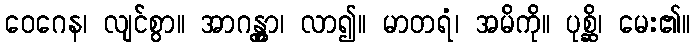
ဝေဂေန၊ လျင်စွာ။ အာဂန္တွာ၊ လာ၍။ မာတရံ၊ အမိကို။ ပုစ္ဆိ၊ မေး၏။